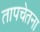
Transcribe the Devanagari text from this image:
तापचेतना